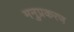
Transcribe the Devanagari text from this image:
मनुप्रकरण